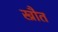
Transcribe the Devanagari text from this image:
ख्रौत